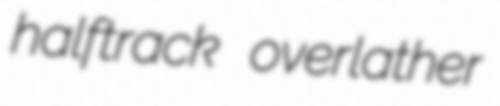
halftrack overlather